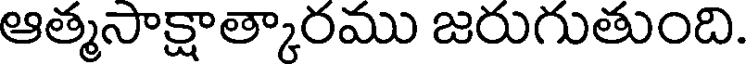
ఆత్మసాక్షాత్కారము జరుగుతుంది.